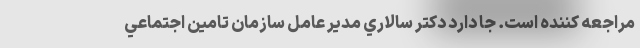
مراجعه كننده است. جا دارد دكتر سالاري مدير عامل سازمان تامين اجتماعي